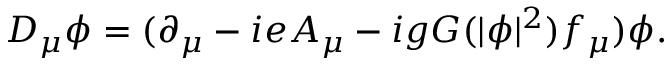
{ \cal D } _ { \mu } \phi = ( \partial _ { \mu } - i e A _ { \mu } - i g G ( | \phi | ^ { 2 } ) f _ { \mu } ) \phi .